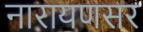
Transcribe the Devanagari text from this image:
नारायणसर